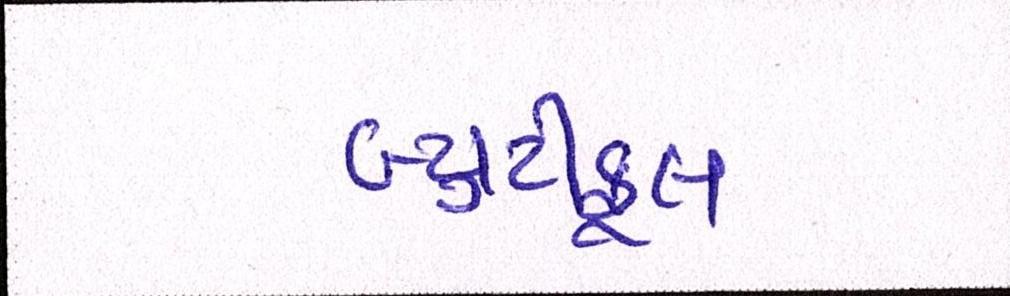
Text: બ્યુટીફૂલ